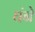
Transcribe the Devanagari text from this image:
घंने